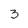
Character: 3